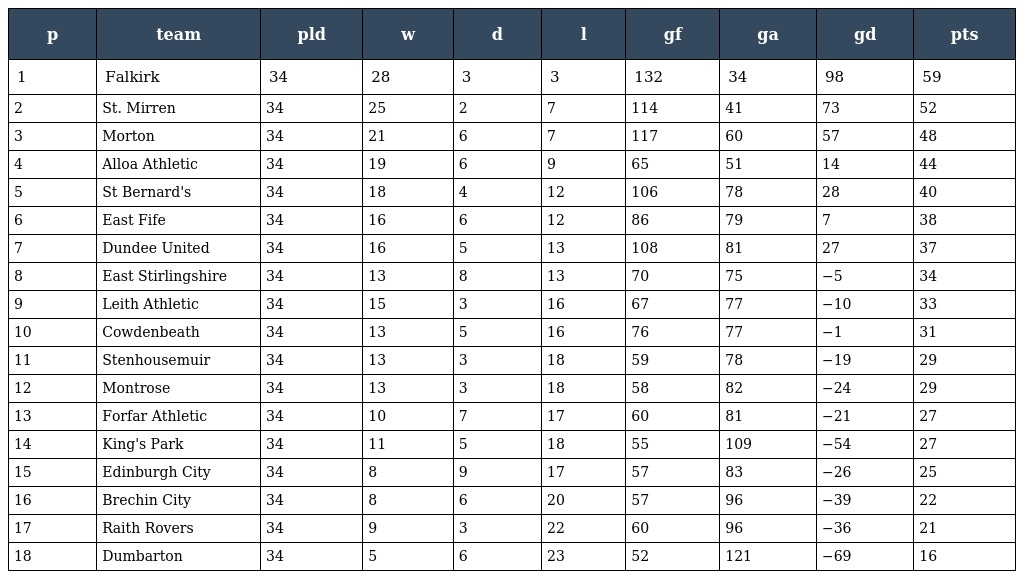
| p | team | pld | w | d | l | gf | ga | gd | pts |
 | --- | --- | --- | --- | --- | --- | --- | --- | --- | --- |
 | 1 | Falkirk | 34 | 28 | 3 | 3 | 132 | 34 | 98 | 59 |
 | 2 | St. Mirren | 34 | 25 | 2 | 7 | 114 | 41 | 73 | 52 |
 | 3 | Morton | 34 | 21 | 6 | 7 | 117 | 60 | 57 | 48 |
 | 4 | Alloa Athletic | 34 | 19 | 6 | 9 | 65 | 51 | 14 | 44 |
 | 5 | St Bernard's | 34 | 18 | 4 | 12 | 106 | 78 | 28 | 40 |
 | 6 | East Fife | 34 | 16 | 6 | 12 | 86 | 79 | 7 | 38 |
 | 7 | Dundee United | 34 | 16 | 5 | 13 | 108 | 81 | 27 | 37 |
 | 8 | East Stirlingshire | 34 | 13 | 8 | 13 | 70 | 75 | −5 | 34 |
 | 9 | Leith Athletic | 34 | 15 | 3 | 16 | 67 | 77 | −10 | 33 |
 | 10 | Cowdenbeath | 34 | 13 | 5 | 16 | 76 | 77 | −1 | 31 |
 | 11 | Stenhousemuir | 34 | 13 | 3 | 18 | 59 | 78 | −19 | 29 |
 | 12 | Montrose | 34 | 13 | 3 | 18 | 58 | 82 | −24 | 29 |
 | 13 | Forfar Athletic | 34 | 10 | 7 | 17 | 60 | 81 | −21 | 27 |
 | 14 | King's Park | 34 | 11 | 5 | 18 | 55 | 109 | −54 | 27 |
 | 15 | Edinburgh City | 34 | 8 | 9 | 17 | 57 | 83 | −26 | 25 |
 | 16 | Brechin City | 34 | 8 | 6 | 20 | 57 | 96 | −39 | 22 |
 | 17 | Raith Rovers | 34 | 9 | 3 | 22 | 60 | 96 | −36 | 21 |
 | 18 | Dumbarton | 34 | 5 | 6 | 23 | 52 | 121 | −69 | 16 |